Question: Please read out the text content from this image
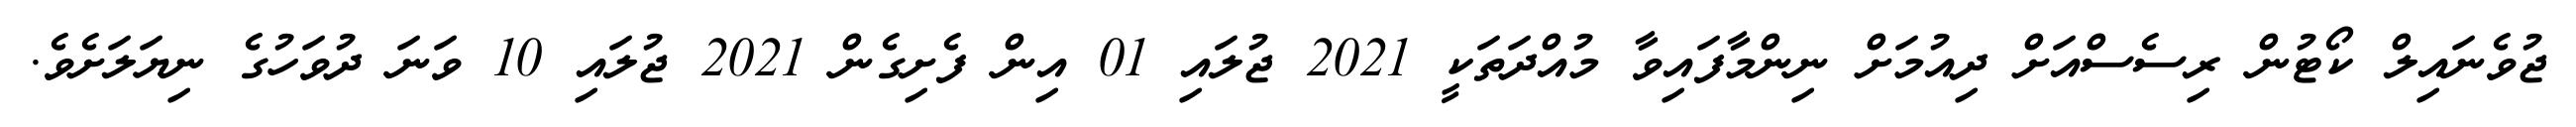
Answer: ޖުވެނައިލް ކޯޓުން ރިސެސްއަށް ދިއުމަށް ނިންމާފައިވާ މުއްދަތަކީ 2021 ޖުލައި 01 އިން ފެށިގެން 2021 ޖުލައި 10 ވަނަ ދުވަހުގެ ނިޔަލަށެވެ.